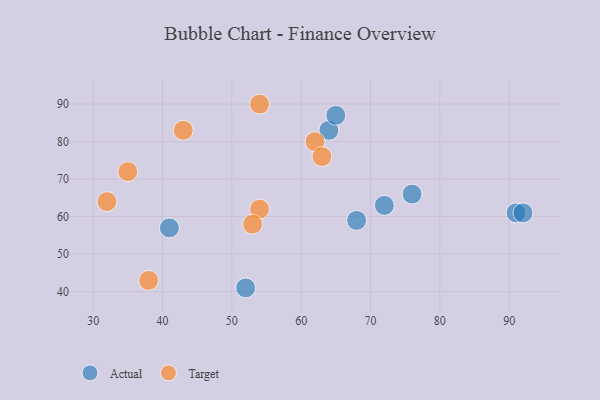
{"axis": {"x": "GDP", "y": "Life Expectancy"}, "legend": ["Actual", "Target"], "data": [{"x": "91", "y": 61, "type": "Actual"}, {"x": "72", "y": 63, "type": "Actual"}, {"x": "92", "y": 61, "type": "Actual"}, {"x": "52", "y": 41, "type": "Actual"}, {"x": "64", "y": 83, "type": "Actual"}, {"x": "76", "y": 66, "type": "Actual"}, {"x": "41", "y": 57, "type": "Actual"}, {"x": "65", "y": 87, "type": "Actual"}, {"x": "68", "y": 59, "type": "Actual"}, {"x": "54", "y": 62, "type": "Target"}, {"x": "62", "y": 80, "type": "Target"}, {"x": "53", "y": 58, "type": "Target"}, {"x": "32", "y": 64, "type": "Target"}, {"x": "54", "y": 90, "type": "Target"}, {"x": "63", "y": 76, "type": "Target"}, {"x": "35", "y": 72, "type": "Target"}, {"x": "43", "y": 83, "type": "Target"}, {"x": "38", "y": 43, "type": "Target"}]}